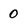
Character: 0